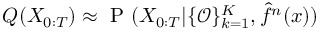
Q ( X _ { 0 : T } ) \approx \mathrm { ~ P ~ } ( X _ { 0 : T } | \{ \mathcal { O } \} _ { k = 1 } ^ { K } , \hat { f } ^ { n } ( x ) )